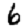
Digit: 6